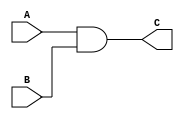
module and_2(A,B,C);
	
	input A, B;
	output C;
	
	assign C = A & B;

endmodule